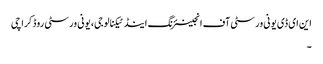
این ای ڈی یونی ورسٹی آف انجینئرنگ اینڈ ٹیکنالوجی، یونی ورسٹی روڈ کراچی
۔